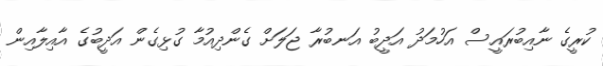
ކުރީގެ ނާއިބުރައީސް އަހުމަދު އަދީބު އަނބުރާ ޖަލަށް ގެންދިއުމާ ގުޅިގެން އަދީބުގެ އާއިލާއިން